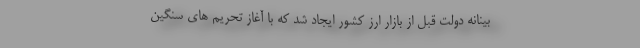
بینانه دولت قبل از بازار ارز کشور ایجاد شد که با آغاز تحریم های سنگین